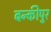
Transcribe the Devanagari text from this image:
बन्कीपुर